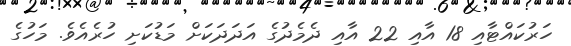
ހަރުކައްޓާއި 18 އާއި 22 އާއި ދެމެދުގެ އަދަދަަކަށް މަޑުކަށި ހުރެއެވެ. މަހުގެ